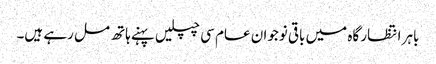
باہر انتظار گاہ میں باقی نوجوان عام سی چپلیں پہنے ہاتھ مل رہے ہیں۔